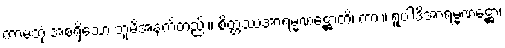
ကာမဘုံ အစရှိသော ဘူမိအနက်တည်း။ စိတ္တဿအာရမ္မဏဋ္ဌောတိ၊ ကား။ ရူပါဒိအာရမ္မဏဋ္ဌော၊